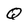
Character: Q